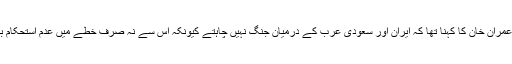
ملاقات کے بعد ایران کے صدر حسن روحانی کے ہمراہ ذرائع ابلاغ سے گفتگو میں وزیر اعظم عمران خان کا کہنا تھا کہ ایران اور سعودی عرب کے درمیان جنگ نہیں چاہتے کیونکہ اس سے نہ صرف خطے میں عدم استحکام بڑھے گا بلکہ دنیا میں تیل کی قیمتوں میں بھی اضافہ ہوگا جس کے باعث غربت بھی بڑھے گی۔